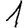
Digit: 1